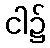
ငါ၌